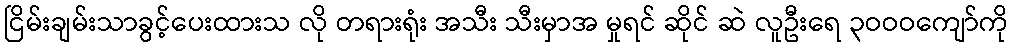
ငြိမ်းချမ်းသာခွင့်ပေးထားသ လို တရားရုံး အသီး သီးမှာအ မှုရင် ဆိုင် ဆဲ လူဦးရေ ၃ဝဝဝကျော်ကို